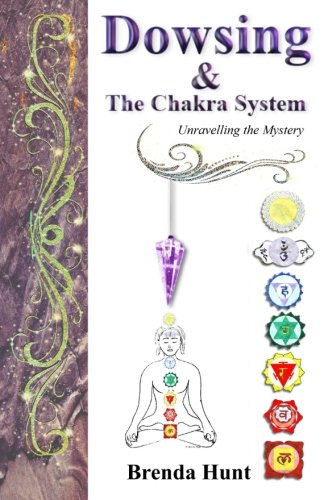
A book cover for Dowsing and the Chakra System; Brenda Hunt; Religion & Spirituality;